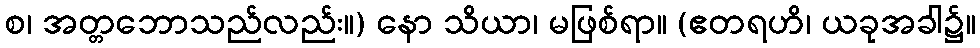
စ၊ အတ္တဘောသည်လည်း။) နော သိယာ၊ မဖြစ်ရာ။ (ဧတရဟိ၊ ယခုအခါ၌။